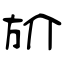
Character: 斺